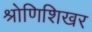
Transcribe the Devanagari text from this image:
श्रोणिशिखर